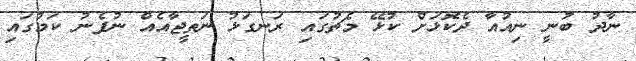
ނާދު ބުނީ ނިއުއާ ދެކޮޅަށް ކުޅޭ މެޗުގައި ރަނގަޅު ނަތީޖާއެއް ނުފެނު ކަމުގައި